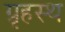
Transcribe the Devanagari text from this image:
ग्रृहस्थ